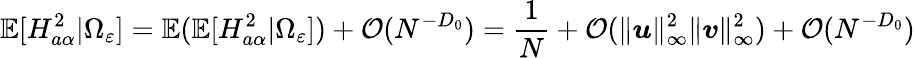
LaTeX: \mathbb{E}[H_{a\alpha}^{2}|\Omega_{\varepsilon}]=\mathbb{E}(\mathbb{E}[H_{a\alpha}^{2}|\Omega_{\varepsilon}])+{\mathcal O}(N^{-D_{0}})=\frac 1{N}+{\mathcal O}(\| {\boldsymbol u}\| _{\infty}^{2}\| {\boldsymbol v}\| _{\infty}^{2})+{\mathcal O}(N^{-D_{0}})